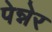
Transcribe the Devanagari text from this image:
पेन्नेर